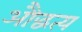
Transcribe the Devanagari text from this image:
औद्धत्य